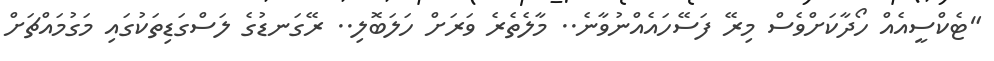
"ޓެކްސީއެއް ހޯދާކަށްވެސް މިރޭ ފަސޭހައެއްނުވާނެ.. މާލެތެރެ ވަރަށް ހަލަބޮލި.. ރޭގަނޑުގެ ލަސްގަޑިތަކުގައި މަގުމައްޗަށް